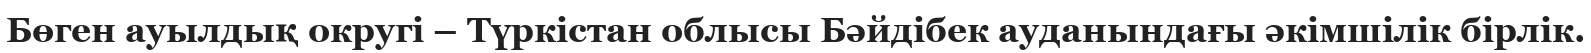
Бөген ауылдық округі – Түркістан облысы Бәйдібек ауданындағы әкімшілік бірлік.